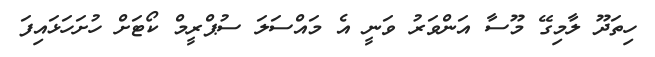
ހިތަދޫ ލާމިގޭ މޫސާ އަންވަރު ވަނީ އެ މައްސަލަ ސުޕްރީމް ކޯޓަށް ހުށަހަޅައިފަ